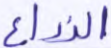
الزراع